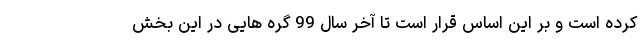
کرده است و بر این اساس قرار است تا آخر سال 99 گره هایی در این بخش